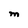
Character: M